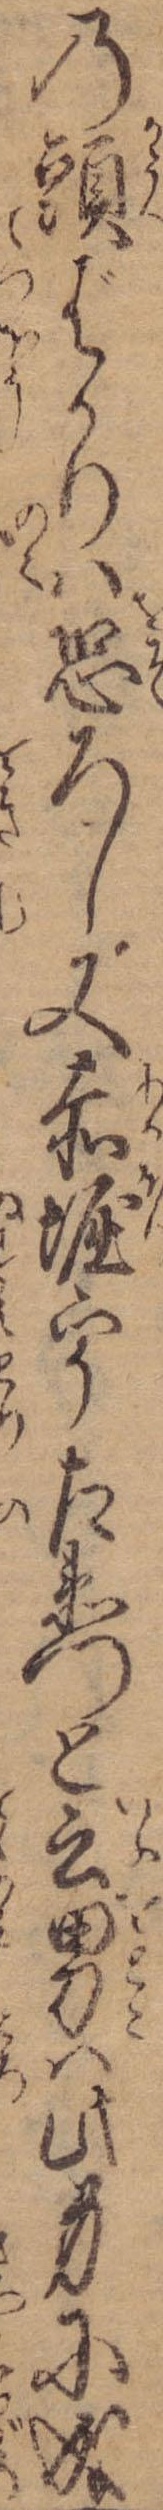
の頭ばかりは恐ろし又赤堀宇左衛門と云男は此身に成